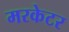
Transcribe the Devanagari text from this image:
मरकेटर